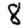
Digit: 8